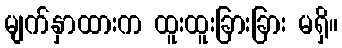
မျက်နှာထားက ထူးထူးခြားခြား မရှိ။